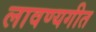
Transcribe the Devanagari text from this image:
लावण्यगीत